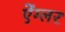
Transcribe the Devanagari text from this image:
ऐंग्लर